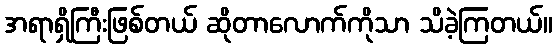
အရာရှိကြီးဖြစ်တယ် ဆိုတာလောက်ကိုသာ သိခဲ့ကြတယ်။